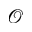
\mathcal { O }